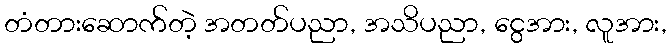
တံတားဆောက်တဲ့ အတတ်ပညာ, အသိပညာ, ငွေအား, လူအား,